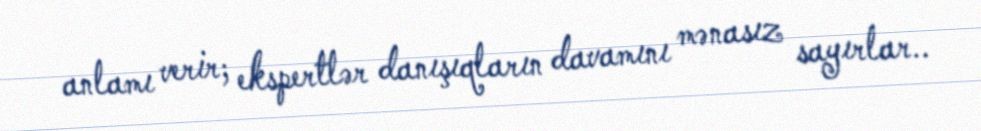
anlamı verir; ekspertlər danışıqların davamını mənasız sayırlar..